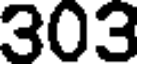
303